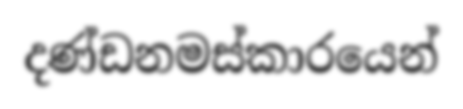
දණ්ඩනමස්කාරයෙන්